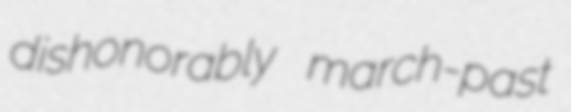
dishonorably march-past